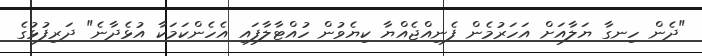
"ދެން ހިނގާ ޔަލާއަށް އަހަރުމެން ފެނިއްޖެއްޔާ ކިޔެވުން ހުއްޓާލާފައި އެހެންކަމަކާ އުޅެދާނެ" ދަރިފުޅުގެ